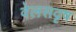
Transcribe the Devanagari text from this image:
वेलसदृष